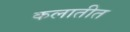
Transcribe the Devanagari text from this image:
कलातीत